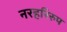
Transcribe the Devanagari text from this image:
नरहरिरुप